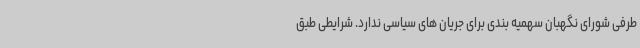
طرفی شورای نگهبان سهمیه بندی برای جریان های سیاسی ندارد. شرایطی طبق